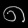
Digit: ၈